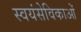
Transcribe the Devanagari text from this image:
स्वयंसेविकाओं